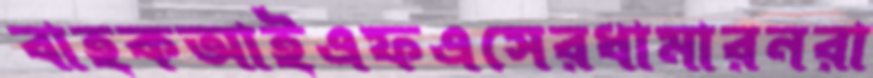
বাহকআইএফএসেরধামারনরা